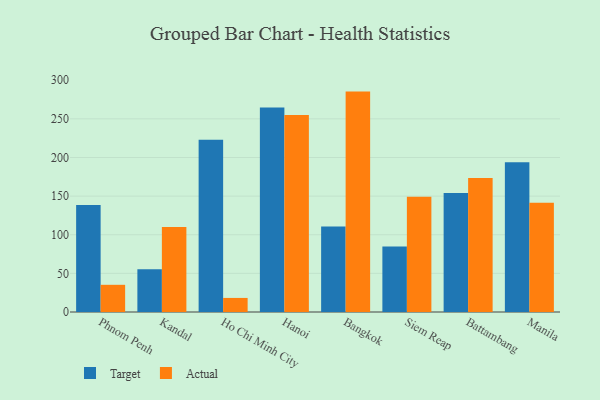
{"axis": {"x": "City", "y": "Shipments"}, "legend": ["Actual", "Target"], "data": [{"x": "Phnom Penh", "y": 138.4, "type": "Target"}, {"x": "Phnom Penh", "y": 35.2, "type": "Actual"}, {"x": "Kandal", "y": 55.4, "type": "Target"}, {"x": "Kandal", "y": 109.9, "type": "Actual"}, {"x": "Ho Chi Minh City", "y": 222.9, "type": "Target"}, {"x": "Ho Chi Minh City", "y": 18.2, "type": "Actual"}, {"x": "Hanoi", "y": 264.6, "type": "Target"}, {"x": "Hanoi", "y": 254.9, "type": "Actual"}, {"x": "Bangkok", "y": 110.7, "type": "Target"}, {"x": "Bangkok", "y": 285.3, "type": "Actual"}, {"x": "Siem Reap", "y": 84.8, "type": "Target"}, {"x": "Siem Reap", "y": 149.3, "type": "Actual"}, {"x": "Battambang", "y": 154.1, "type": "Target"}, {"x": "Battambang", "y": 173.4, "type": "Actual"}, {"x": "Manila", "y": 193.8, "type": "Target"}, {"x": "Manila", "y": 141.4, "type": "Actual"}]}